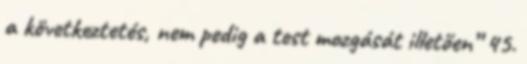
a következtetés, nem pedig a test mozgását illetően” 45.